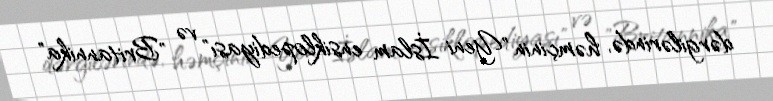
dərgilərində, həmçinin "Yeni İslam ensiklopediyası" və "Britannika"